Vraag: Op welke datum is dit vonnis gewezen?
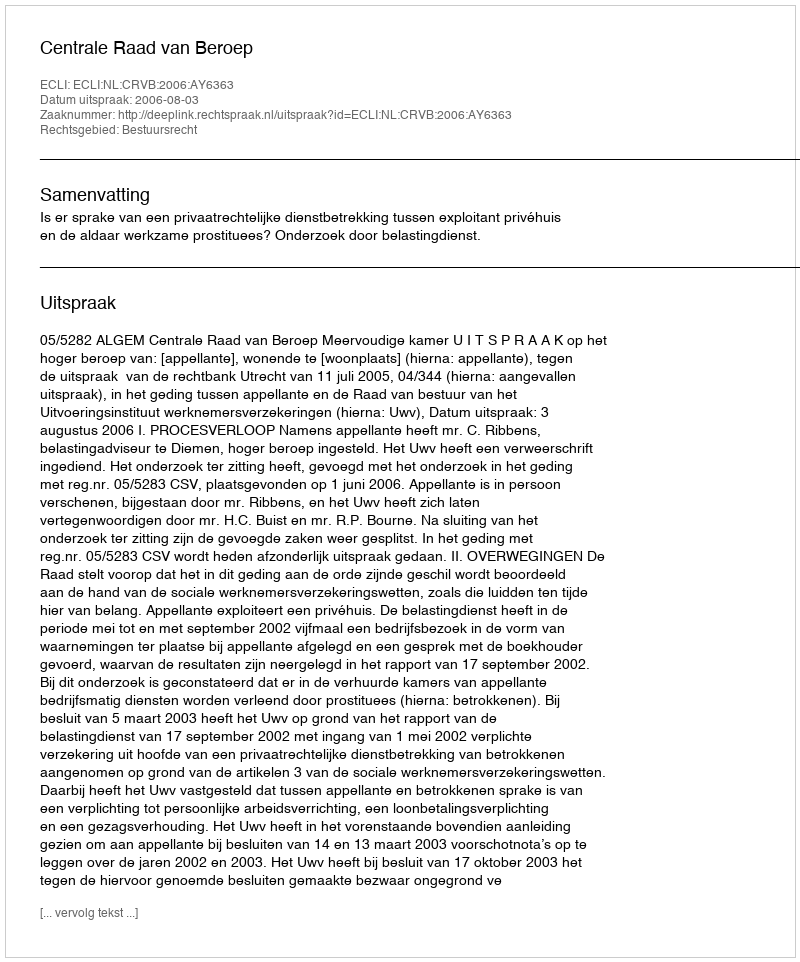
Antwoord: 2006-08-03